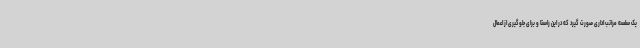
یک سلسه مراتب اداری صورت گیرد که در این راستا و برای جلوگیری از اعمال